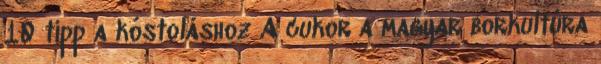
10 tipp a kóstoláshoz A cukor a magyar borkultúra